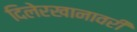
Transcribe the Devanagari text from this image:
दिलेरखानावरी